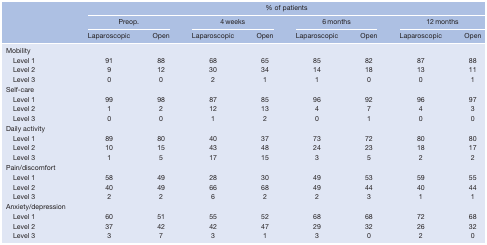
|  | <COLSPAN=8> % of patients |
 |  | <COLSPAN=2> Preop. | <COLSPAN=2> 4 weeks | <COLSPAN=2> 6 months | <COLSPAN=2> 12 months |
 |  | Laparoscopic | Open | Laparoscopic | Open | Laparoscopic | Open | Laparoscopic | Open |
 | --- | --- | --- | --- | --- | --- | --- | --- | --- |
 | Mobility |  |  |  |  |  |  |  |  |
 | Level 1 | 91 | 88 | 68 | 65 | 85 | 82 | 87 | 88 |
 | Level 2 | 9 | 12 | 30 | 34 | 14 | 18 | 13 | 11 |
 | Level 3 | 0 | 0 | 2 | 1 | 1 | 0 | 0 | 1 |
 | Self-care |  |  |  |  |  |  |  |  |
 | Level 1 | 99 | 98 | 87 | 85 | 96 | 92 | 96 | 97 |
 | Level 2 | 1 | 2 | 12 | 13 | 4 | 7 | 4 | 3 |
 | Level 3 | 0 | 0 | 1 | 2 | 0 | 1 | 0 | 0 |
 | Daily activity |  |  |  |  |  |  |  |  |
 | Level 1 | 89 | 80 | 40 | 37 | 73 | 72 | 80 | 80 |
 | Level 2 | 10 | 15 | 43 | 48 | 24 | 23 | 18 | 17 |
 | Level 3 | 1 | 5 | 17 | 15 | 3 | 5 | 2 | 2 |
 | Pain/discomfort |  |  |  |  |  |  |  |  |
 | Level 1 | 58 | 49 | 28 | 30 | 49 | 53 | 59 | 55 |
 | Level 2 | 40 | 49 | 66 | 68 | 49 | 44 | 40 | 44 |
 | Level 3 | 2 | 2 | 6 | 2 | 2 | 3 | 1 | 1 |
 | Anxiety/depression |  |  |  |  |  |  |  |  |
 | Level 1 | 60 | 51 | 55 | 52 | 68 | 68 | 72 | 68 |
 | Level 2 | 37 | 42 | 42 | 47 | 29 | 32 | 26 | 32 |
 | Level 3 | 3 | 7 | 3 | 1 | 3 | 0 | 2 | 0 |